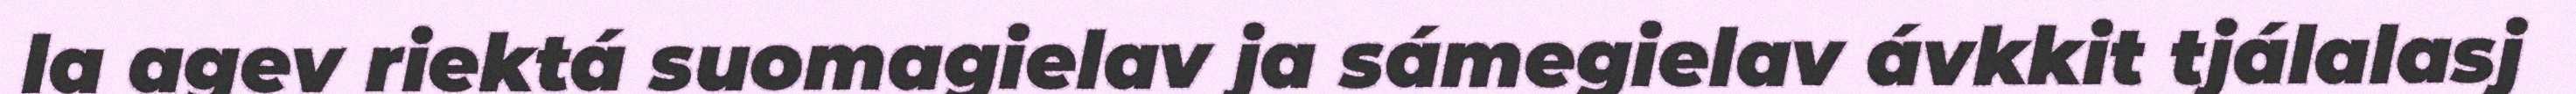
la agev riektá suomagielav ja sámegielav ávkkit tjálalasj